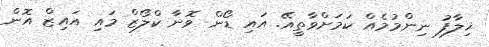
ޚިލާފު ނިންމުމެއް ކަމަށްވާތީއޭ. އައި ޑޯން ވޮނާ ކްލޯޒް މައި އައިޒް އޮން